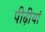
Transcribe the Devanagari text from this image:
पीढ़ीयां